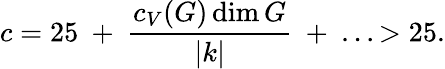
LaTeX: c=25~+~{\frac{c_{V}(G)\dim G}{|k|}}~+~...>25.